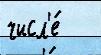
числ'е́